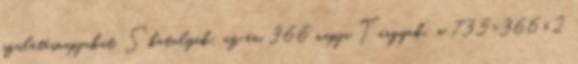
születésnapjukat. Skatulyák: az év 366 napja Tárgyak: a 735=366×2